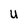
Character: u